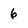
Character: 6